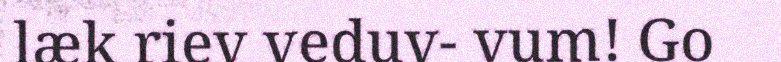
læk riev veduv- vum! Go